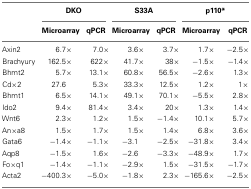
<table><thead><tr><td></td><td colspan="2"><b>DKO</b></td><td colspan="2"><b>S33A</b></td><td colspan="2"><b>p110*</b></td></tr><tr><td></td><td><b>Microarray</b></td><td><b>qPCR</b></td><td><b>Microarray</b></td><td><b>qPCR</b></td><td><b>Microarray</b></td><td><b>qPCR</b></td></tr></thead><tbody><tr><td>Axin2</td><td>6.7×</td><td>7.0×</td><td>3.6×</td><td>3.7×</td><td>1.7×</td><td>−2.5×</td></tr><tr><td>Brachyury</td><td>162.5×</td><td>622×</td><td>41.7×</td><td>38×</td><td>−1.5×</td><td>−1.4×</td></tr><tr><td>Bhmt2</td><td>5.7×</td><td>13.1×</td><td>60.8×</td><td>56.5×</td><td>−2.6×</td><td>1.3×</td></tr><tr><td>Cd×2</td><td>27.6</td><td>5.3×</td><td>33.3×</td><td>12.5×</td><td>1.2×</td><td>1×</td></tr><tr><td>Bhmt1</td><td>6.5×</td><td>14.1×</td><td>49.1×</td><td>70.1×</td><td>−5.5×</td><td>2.8×</td></tr><tr><td>Ido2</td><td>9.4×</td><td>81.4×</td><td>3.4×</td><td>20×</td><td>1.3×</td><td>1.4×</td></tr><tr><td>Wnt6</td><td>2.3×</td><td>1.2×</td><td>1.5×</td><td>−1.4×</td><td>10.1×</td><td>5.7×</td></tr><tr><td>An×a8</td><td>1.5×</td><td>1.7×</td><td>1.5×</td><td>1.4×</td><td>6.8×</td><td>3.6×</td></tr><tr><td>Gata6</td><td>−1.4×</td><td>−1.1×</td><td>−3.1</td><td>−2.5×</td><td>−31.8×</td><td>3.4×</td></tr><tr><td>Aqp8</td><td>−1.5×</td><td>1.6×</td><td>−2.6</td><td>−3.3×</td><td>−48.9×</td><td>1.7×</td></tr><tr><td>Fo×q1</td><td>−1.4×</td><td>−1.1×</td><td>−2.9×</td><td>1.5×</td><td>−31.5×</td><td>−1.7×</td></tr><tr><td>Acta2</td><td>−400.3×</td><td>−5.0×</td><td>−1.8×</td><td>2.3×</td><td>−165.6×</td><td>−2.5×</td></tr></tbody></table>